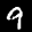
Label: 9